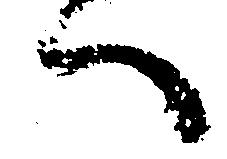
へ